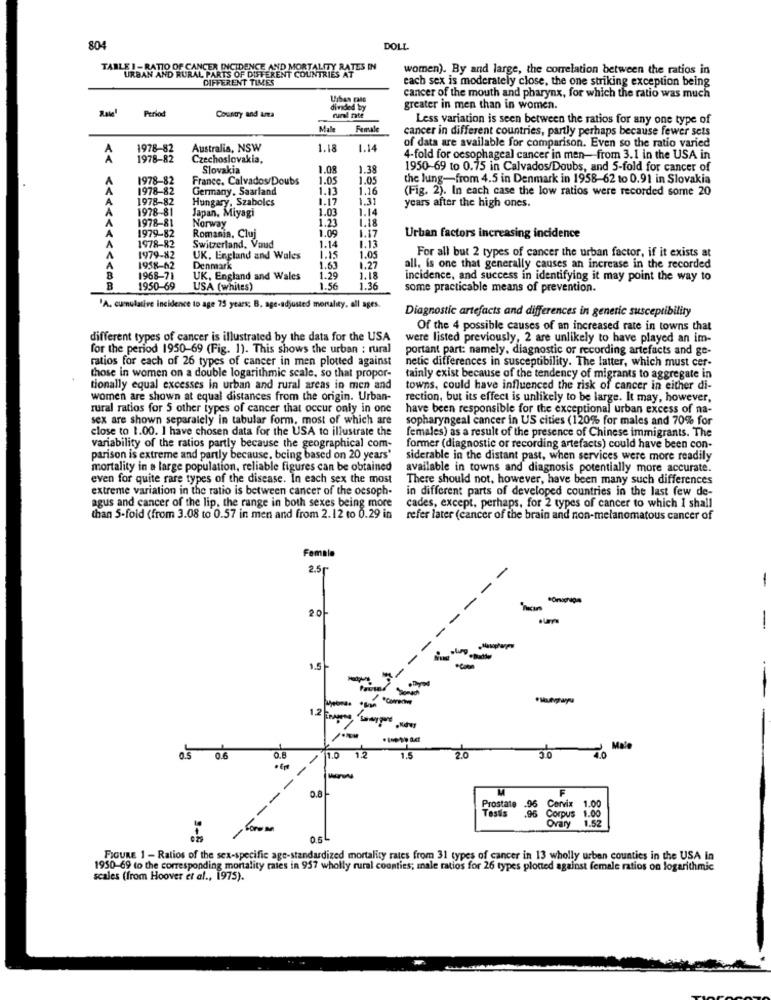
804
DOLL
TABLE I - RATIO OF CANCER INCIDENCE AND MORTALITY RATES IN
women). By and large, the correlation between the ratios in
URBAN AND RURAL PARTS OF DIFFERENT COUNTRIES AT
DIFFERENT TIMES
each sex is moderately close, the one striking exception being
Unhas cals
cancer of the mouth and pharynx, for which the ratio was much
Period
divided by
greater in men than in women.
Country and ara
Less variation is seen between the ratios for any one type of
Male
Female
cancer in different countries, partly perhaps because fewer sets
1978-82
Australia, NSW
1.18
1.14
of data are available for comparison. Even so the ratio varied
1978-82
Czechoslovakia,
4-fold for oesophageal cancer in men- from 3.1 in the USA in
Slovakia
1.08
1.38
1950-69 to 0.75 in Calvados/Doubs, and 5-fold for cancer of
A
1978-82
France, Calvados/Doubs
1.05
1.05
the lung-from 4.5 in Denmark in 1958-62 to 0.91 in Slovakia
1978-82
Germany. Saarland
1.13
1.16
(Fig. 2). In each case the low ratios were recorded some 20
1978-82
Hungary, Szabolcs
1.17
1.31
A
A
1978-81
1.03
1.14
years after the high ones.
Japan, Miyagi
1.23
1.18
A
1978-81
Norway
1.09
1.17
A
A
1979-82
Romania, Cluj
1.13
Urban factors increasing incidence
1978-82
Switzerland, Vaud
1.14
1.05
1979-82
UK, England and Wales
1.61
1.27
For all but 2 types of cancer the urban factor, if it exists at
A
1958-62
Denmark
all, is one that generally causes an increase in the recorded
B
1968-71
UK, England and Wales
1.29
incidence, and success in identifying it may point the way to
B
1950-69
USA (whites)
1.56
1.36
some practicable means of prevention.
'A. cumulative incidence to age 75 years; B. age-adjusted mortality, all ages.
Diagnostic artefacts and differences in generic susceptibility
Of the 4 possible causes of an increased rate in towns that
different types of cancer is illustrated by the data for the USA
were listed previously, 2 are unlikely to have played an im-
for the period 1950-69 (Fig. 1). This shows the urban : rural
portant part: namely, diagnostic or recording artefacts and ge-
ratios for each of 26 types of cancer in men plotted against
netic differences in susceptibility. The latter, which must cer-
those in women on a double logarithmic scale, so that propor-
tainly exist because of the tendency of migrants to aggregate in
tionally equal excesses in urban and rural areas in men and
towns, could have influenced the risk of cancer in either di-
women are shown at equal distances from the origin. Urban-
rection, but its effect is unlikely to be large. It may, however,
rural ratios for 5 other types of cancer that occur only in one
have been responsible for the exceptional urban excess of na-
sex are shown separalely in tabular form, most of which are
sopharyngeal cancer in US cities (120% for males and 70% for
close to 1.00. I have chosen data for the USA to illustrate the
females) as a result of the presence of Chinese immigrants. The
variability of the ratios partly because the geographical com-
former (diagnostic or recording artefacts) could have been con-
parison is extreme and partly because, being based on 20 years"
siderable in the distant past, when services were more readily
mortality in a large population, reliable figures can be obtained
available in towns and diagnosis potentially more accurate.
even for quite rare types of the disease. In each sex the most
There should not, however, have been many such differences
extreme variation in the ratio is between cancer of the ocsoph-
in different parts of developed countries in the last few de-
agus and cancer of the lip, the range in both sexes being more
cades, except, perhaps, for 2 types of cancer to which I shall
than 5-fold (from 3.08 to 0.57 in men and from 2.12 to 0.29 in
refer later (cancer of the brain and non-melanomatous cancer of
Female
2.5
-
-
-
-
-
1.5
-
m/
1.2
1.0
Male
0.6
0.8
12
1.5
2.0
3.0
0.8
--
Prostate .06
Tests
Cervix
1.00
Corpus
1.00
1.52
Ovary
FIGURE 1 - Ratios of the sex-specific age-standardized mortality rates from 31 types of cancer in 13 wholly urban counties in the USA in
1950-69 to the corresponding mortality rates in 957 wholly rural counties; male ratios for 26 types plotted against female ratios on logarithmic
scales (from Hoover et al ., 1975).